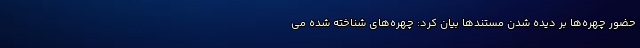
حضور چهره‌ها بر دیده شدن مستندها بیان کرد: چهره‌های شناخته شده می